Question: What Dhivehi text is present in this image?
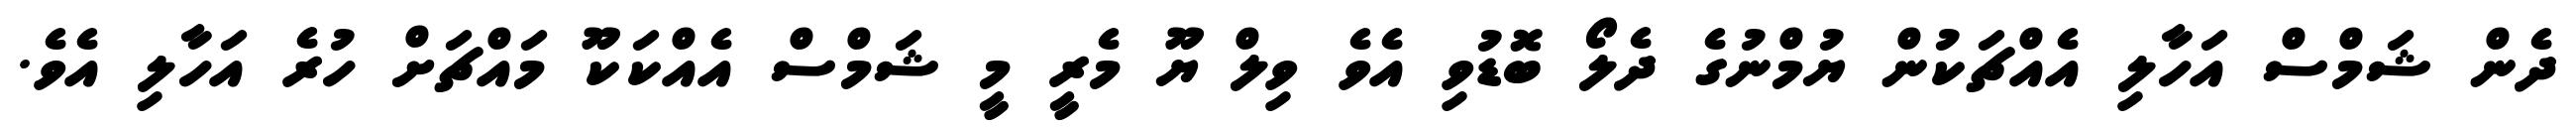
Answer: ދެން ޝަމްސް އަހާލި އެއްޗަކުން ޔުމްނުގެ ދެލޯ ބޮޑުވި އެވެ ވިލް ޔޫ މެރީ މީ ޝަމްސް އެއްކަކޫ މައްޗަށް ހުރެ އަހާލި އެވެ.